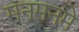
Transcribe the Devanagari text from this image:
मनमनमे